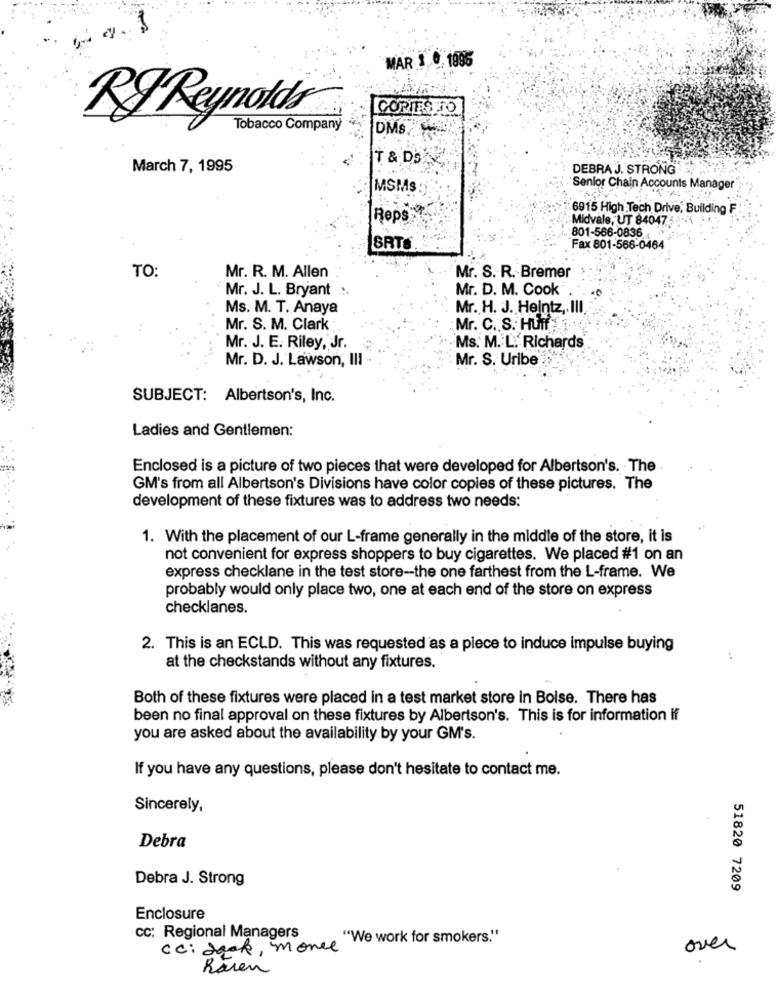
MAR 3 0.1996
CORTES TO
RJ Reynolds
Tobacco Company
DMS
T & DS
March 7, 1995
DEBRA J. STRONG
MSM.s
'Senior Chain Accounts Manager
6915 High Tech Drive, Building F
Reps
Midvale, UT 84047
801-566-0836
SATS
Fax 801-566-0464
TO:
Mr. R. M. Allen
Mr. S. R. Bremer
Mr. J. L. Bryant
Mr. D. M. Cook
Ms. M. T. Anaya
Mr. H. J. Heintz ,. III
Mr. S. M. Clark
Mr. C. S. HUff 1.
Mr. J. E. Riley, Jr.
Ms. M. L. Richards
Mr. D. J. Lawson, III
Mr. S. Uribe
SUBJECT: Albertson's, Inc.
Ladies and Gentlemen:
Enclosed is a picture of two pieces that were developed for Albertson's. The .
GM's from all Albertson's Divisions have color copies of these pictures. The
development of these fixtures was to address two needs:
1. With the placement of our L-frame generally in the middle of the store, it is
not convenient for express shoppers to buy cigarettes. We placed #1 on an
express checklane in the test store -- the one farthest from the L-frame. We
probably would only place two, one at each end of the store on express
checklanes.
2. This is an ECLD. This was requested as a piece to induce impulse buying
:
at the checkstands without any fixtures.
Both of these fixtures were placed in a test market store in Boise. There has
been no final approval on these fixtures by Albertson's. This is for information if
you are asked about the availability by your GM's.
If you have any questions, please don't hesitate to contact me.
Sincerely,
Debra
Debra J. Strong
51820 7209
Enclosure
CC: Regional Managers
cc: Jack, 'monde" We work for smokers."
over
haren